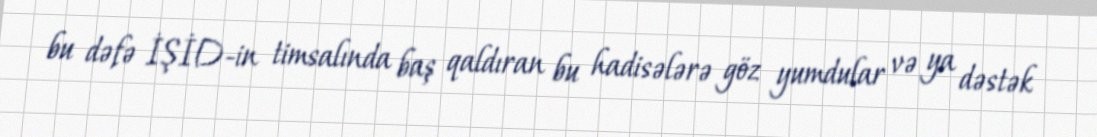
bu dəfə İŞİD-in timsalında baş qaldıran bu hadisələrə göz yumdular və ya dəstək